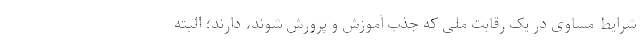
شرایط مساوی در یک رقابت ملی که جذب آموزش و پرورش شوند، دارند؛ البته